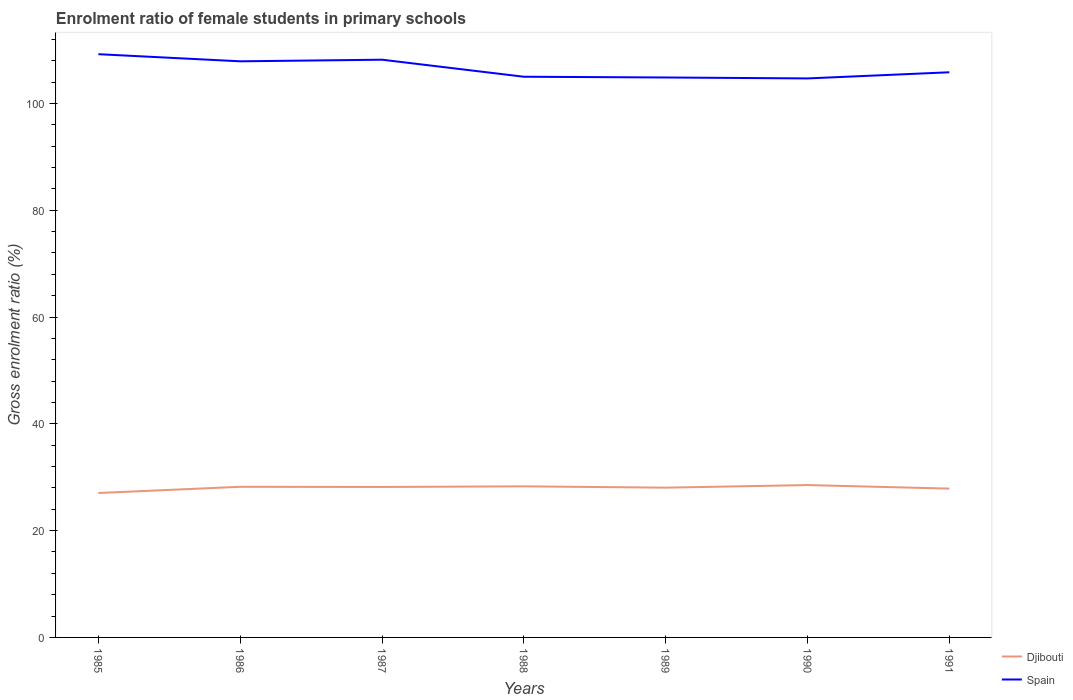
| Years | Djibouti | Spain |
 | --- | --- | --- |
 | 1985 | 27 | 109 |
 | 1986 | 28.2 | 108 |
 | 1987 | 28.2 | 108 |
 | 1988 | 28.3 | 105 |
 | 1989 | 28 | 105 |
 | 1990 | 28.5 | 105 |
 | 1991 | 27.9 | 106 |